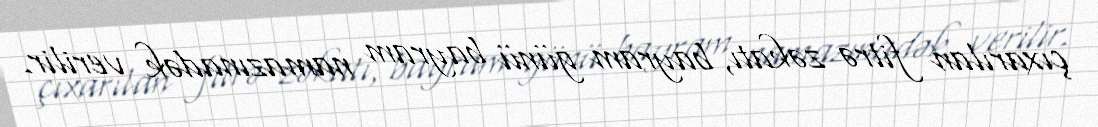
çıxarılan fitrə zəkatı, bayram günü bayram namazınadək verilir.